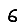
Digit: 6